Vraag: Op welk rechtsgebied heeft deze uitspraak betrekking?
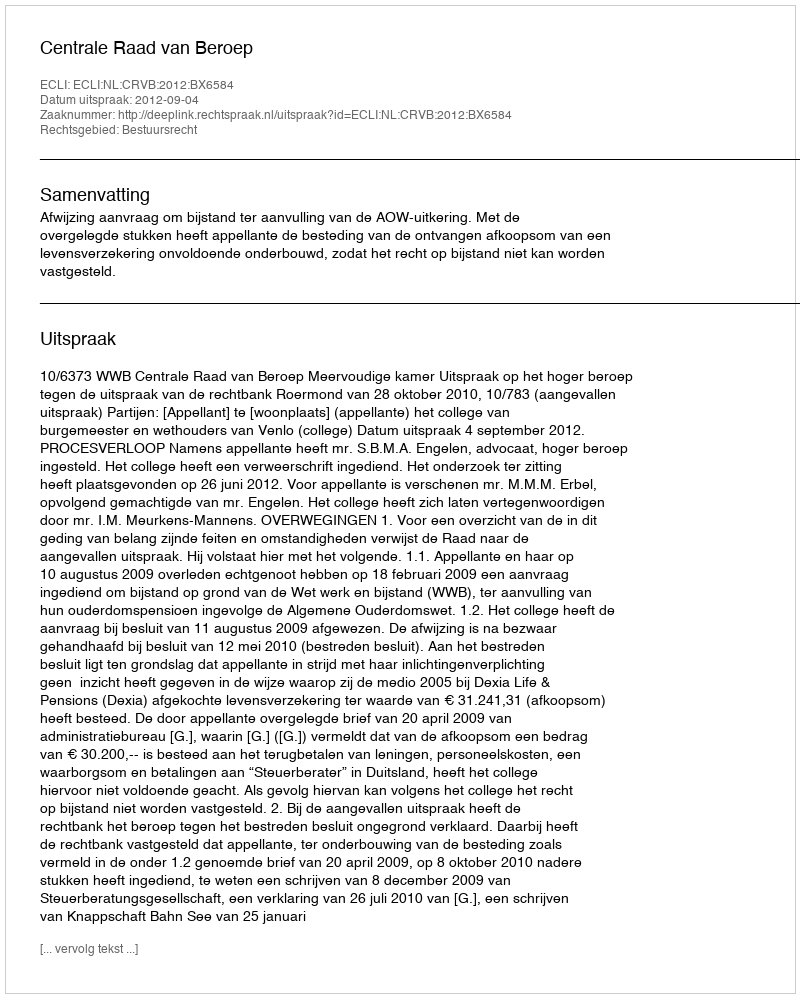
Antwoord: Bestuursrecht